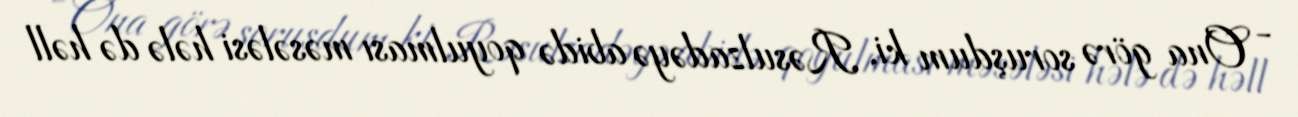
- Ona görə soruşdum ki, Rəsulzadəyə abidə qoyulması məsələsi hələ də həll